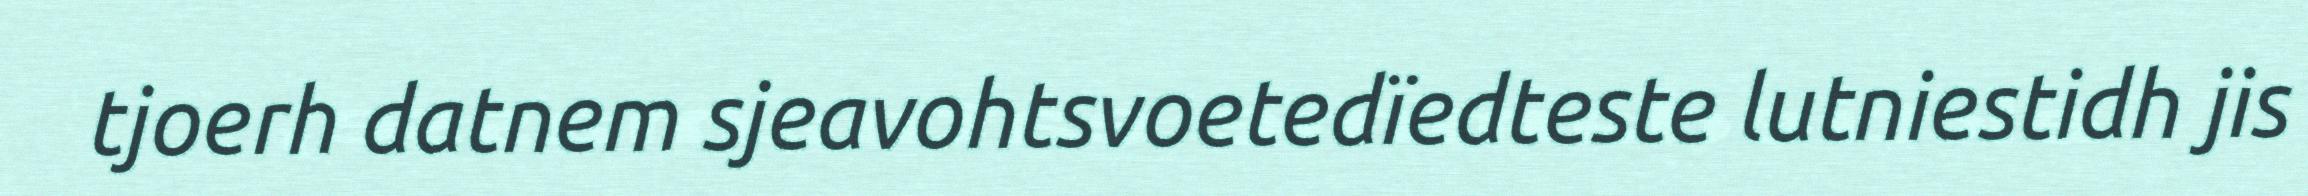
tjoerh datnem sjeavohtsvoetedïedteste lutniestidh jis